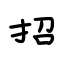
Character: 招